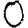
Digit: 0